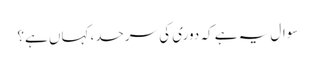
سوال یہ ہے کہ دوری کی سرحد، کہاں ہے؟